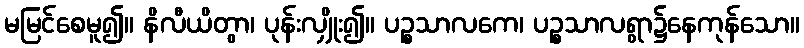
မမြင်စေမူ၍။ နိလီယိတွာ၊ ပုန်းလျှိုး၍။ ပဉ္စသာလကေ၊ ပဉ္စသာလရွာ၌နေကုန်သော။